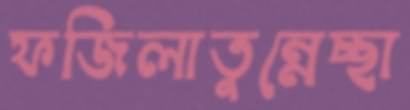
ফজিলাতুন্নেচ্ছা